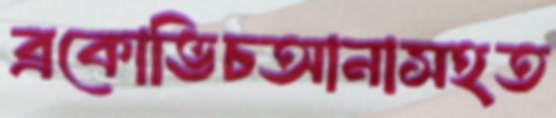
ব্রকোভিচআনাসহত